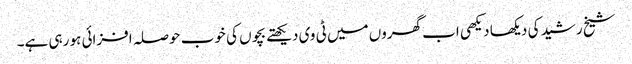
شیخ رشید کی دیکھا دیکھی اب گھروں میں ٹی وی دیکھتے بچوں کی خوب حوصلہ افزائی ہو رہی ہے۔